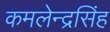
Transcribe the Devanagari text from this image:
कमलेन्द्रसिंह